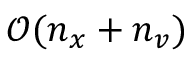
\mathcal { O } ( n _ { x } + n _ { v } )